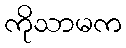
ကိုသာမက